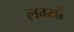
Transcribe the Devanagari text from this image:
लग्यों